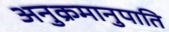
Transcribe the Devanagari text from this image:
अनुक्रमानुपाति